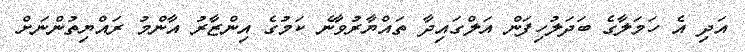
އަދި އެ ހަމަލާގެ ބަދަލުހިފަން އަލްގައިދާ ތައްޔާރުވާނެ ކަމުގެ އިންޒާރު އާންމު ރައްޔިތުންނަށް